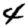
Digit: 4